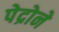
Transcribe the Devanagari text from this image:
पेद्रोने